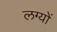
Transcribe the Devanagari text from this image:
लग्यों